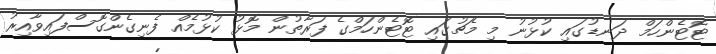
ޓޮޓެންހަމް ދަނޑުގައި ކުޅުނު މި މެޗުގައި ޓޮޓެންހަމްގެ ފަރާތުން މޮޅު ކުޅުމެއް ފެނިގެންގޮސްފައިވާއިރު